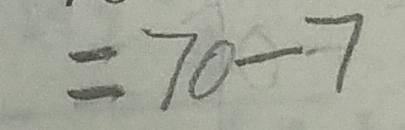
= 7 0 - 7